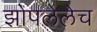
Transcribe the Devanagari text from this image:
झोपलेलेच